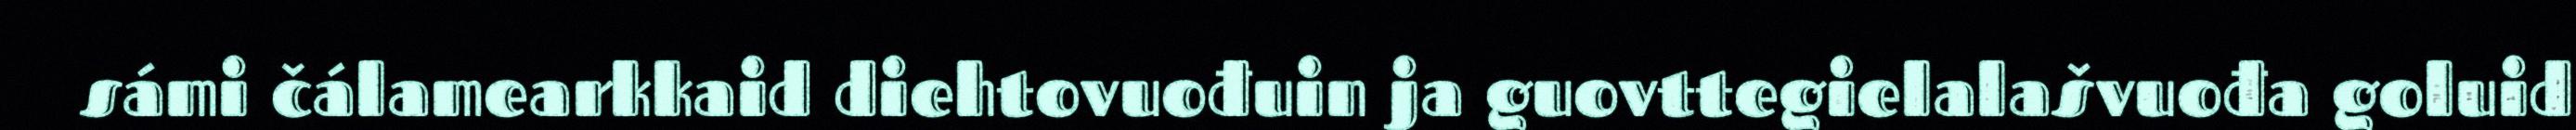
sámi čálamearkkaid diehtovuođuin ja guovttegielalašvuođa goluid